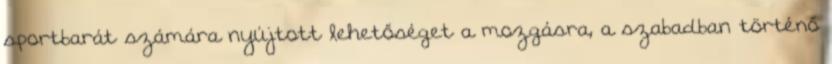
sportbarát számára nyújtott lehetőséget a mozgásra, a szabadban történő